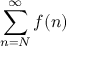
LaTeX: \sum _ { n = N } ^ { \infty } f ( n )